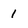
Character: 1